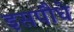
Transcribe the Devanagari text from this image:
इसपौधे